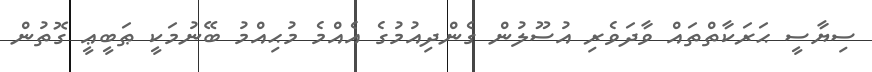
ސިޔާސީ ޙަރަކާތްތައް ވާދަވެރި އުސޫލުން ގެންދިއުމުގެ އެއްމެ މުޙިއްމު ބޭނުމަކީ ޠަބީޢީ ގޮތުން